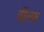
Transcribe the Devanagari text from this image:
वॉल्फ